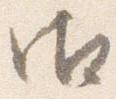
御